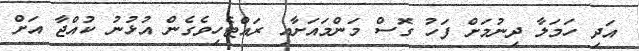
އަދި ހަމަލާ ދިނުމަށް ފަހު ގޮސް މަންމައަށާއި ރައްޓެހިވެގެން އުޅުނު ކުއްޖާ އަށް